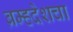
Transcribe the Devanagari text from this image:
ब्रम्हदेशचा